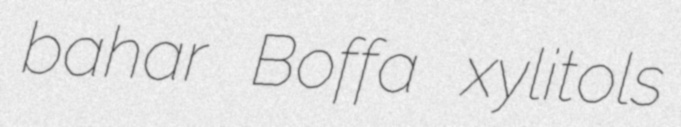
bahar Boffa xylitols